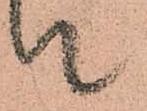
被